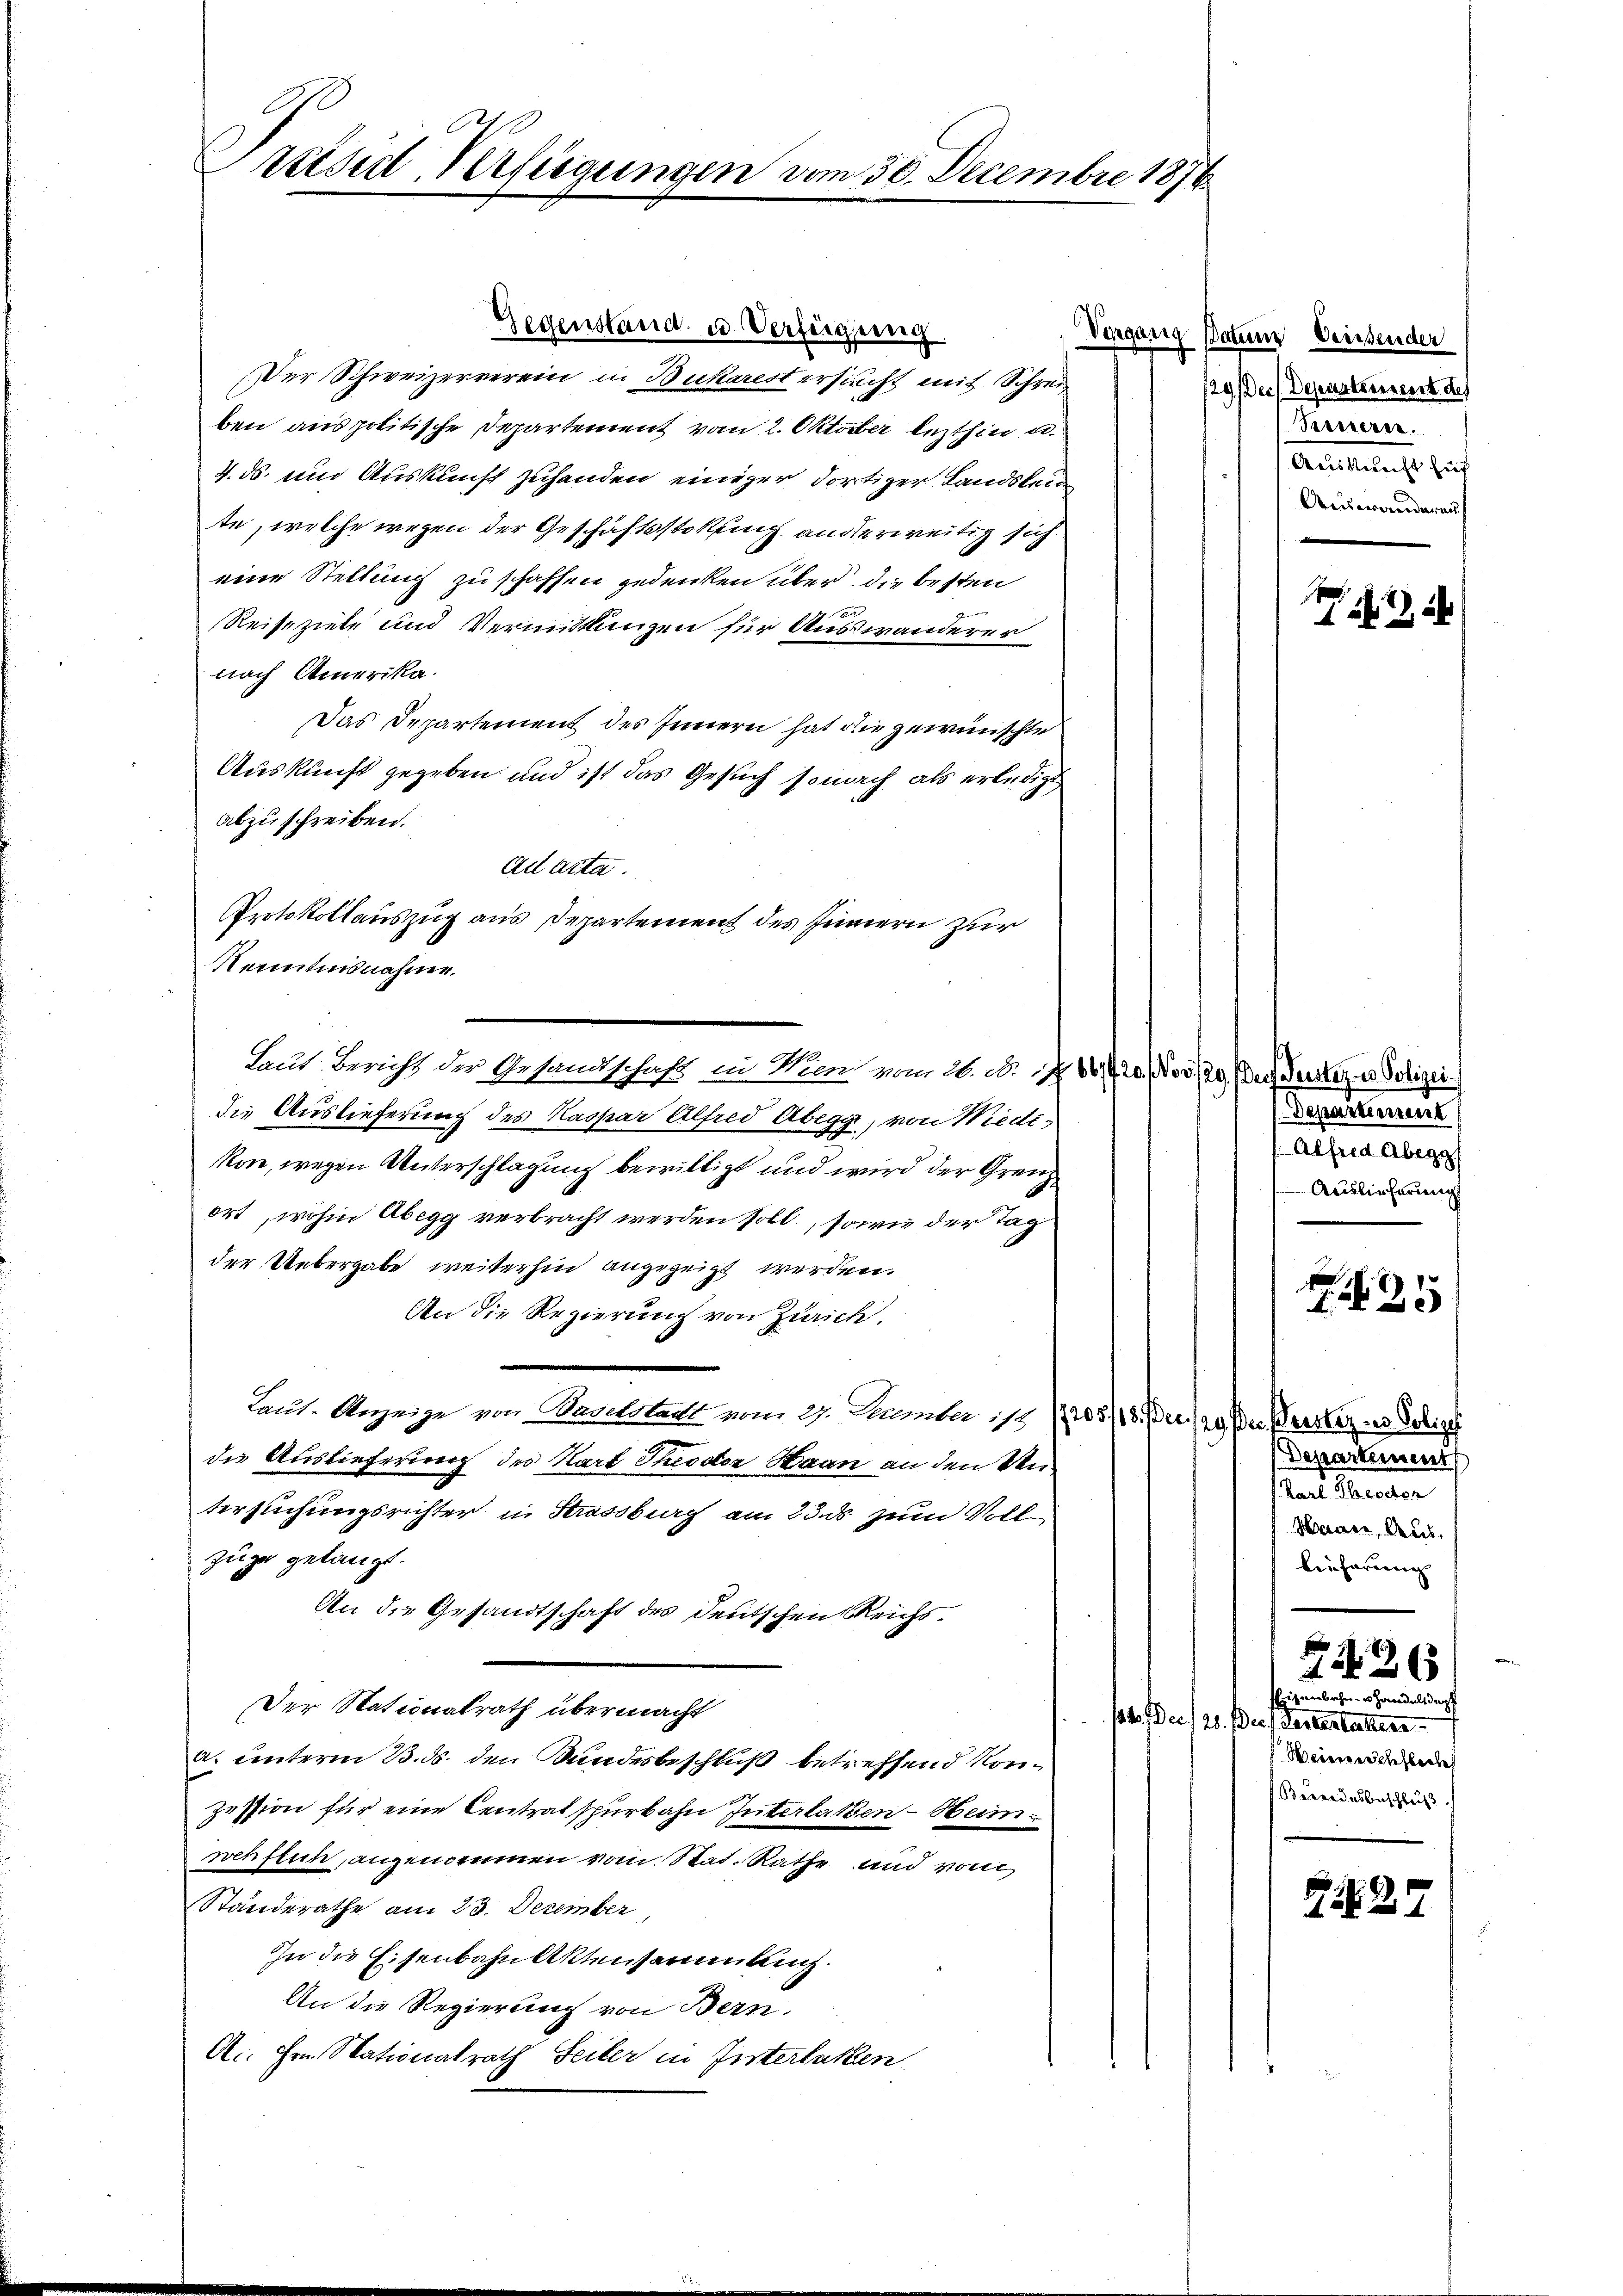
Dresd Verfügungen vom 30. Decembre 1876

Kenntnisnahme.

Gegenstand u. Verfügung.

Vorgan
Der Schweizerverein in Bukarest ersucht mit Schreiben aus politische Departement vom 2. Oktober lezthin u.
4. ds. und Auskunft zuhanden einiger dortiger Landsleu
te, welche wegen der Geschäftsstokuung anderweitig sich
eine Stellung zu schaffen gedenken über die besten
x
Reiseziele und Vermittlungen für Auswanderer
nach Amerika.
Das Departement des Innern hat die gewünschte
Auskunft gegeben, und ist das Gesuch sonach als erledigt
abzuschreiben.
a acta.
Protokollauszug aus Departement des Innern zur
die Auslieferung des Kaspar Alfred Abegg, von Wiedikon, wegen Unterschlagung bewilligt und wird der Grenz
ort, wohin Abegg verbracht werden soll, sowie der Tag
der Uebergabe weiterhin angezeigt werden.
An die Regierung von Zürich.
laut. Anzeige von Baselstadt vom 29. Dember 179 (1208/18. Der (an der Beister des Selige
die Auslieferung des Karl Theodor Haan an den Untersuchungsrichter in Strassburg am 23. ds zum Voll
Züge gelangt.
An die Gesandtschaft des Deutschen Reichs.
Der Stationalrath übermacht
a. unterm 13. ds. den Bundesbeschluß betreffend Konzession für eine Centrat spürbahn Interlaken-Heimwehflin, angenommen vom Stat. Rathe und von
Standerathe am 23. Dezember
In die Eisenbahn Aktensammlung.
An die Regierung von Bern.
A. Hrn. Nationalrath Seiter in Interlaken

Laut Bericht der Gesandtschaft in Wien vom 20. N. N. 16720, No 3./29. Der Geister es Polizei

Datum Drissender
9.) Der Departement des
Peueren.
Auskunft hief
Auswanderen

2

Departement
Alfred Abegg
Auslieferung

25

Departement
stadt Standen
Haver, Aus
lieferung

7426
Eisenbahner Handelsdep
/d. Bei / 20. Der Parterbeitere
Weierrecheflec
Bärendesbeschluß

G. 27